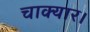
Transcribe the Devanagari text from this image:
चाक्यार।